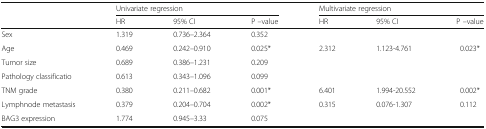
<table><thead><tr><td rowspan="2"></td><td colspan="3"><b>Univariate regression</b></td><td colspan="3"><b>Multivariate regression</b></td></tr><tr><td><b>HR</b></td><td><b>95% CI</b></td><td><b>P –value</b></td><td><b>HR</b></td><td><b>95% CI</b></td><td><b>P –value</b></td></tr></thead><tbody><tr><td>Sex</td><td>1.319</td><td>0.736–2.364</td><td>0.352</td><td></td><td></td><td></td></tr><tr><td>Age</td><td>0.469</td><td>0.242–0.910</td><td>0.025*</td><td>2.312</td><td>1.123-4.761</td><td>0.023*</td></tr><tr><td>Tumor size</td><td>0.689</td><td>0.386–1.231</td><td>0.209</td><td></td><td></td><td></td></tr><tr><td>Pathology classificatio</td><td>0.613</td><td>0.343–1.096</td><td>0.099</td><td></td><td></td><td></td></tr><tr><td>TNM grade</td><td>0.380</td><td>0.211–0.682</td><td>0.001*</td><td>6.401</td><td>1.994-20.552</td><td>0.002*</td></tr><tr><td>Lymphnode metastasis</td><td>0.379</td><td>0.204–0.704</td><td>0.002*</td><td>0.315</td><td>0.076-1.307</td><td>0.112</td></tr><tr><td>BAG3 expression</td><td>1.774</td><td>0.945–3.33</td><td>0.075</td><td></td><td></td><td></td></tr></tbody></table>